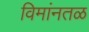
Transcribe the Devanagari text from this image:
विमांनतळ